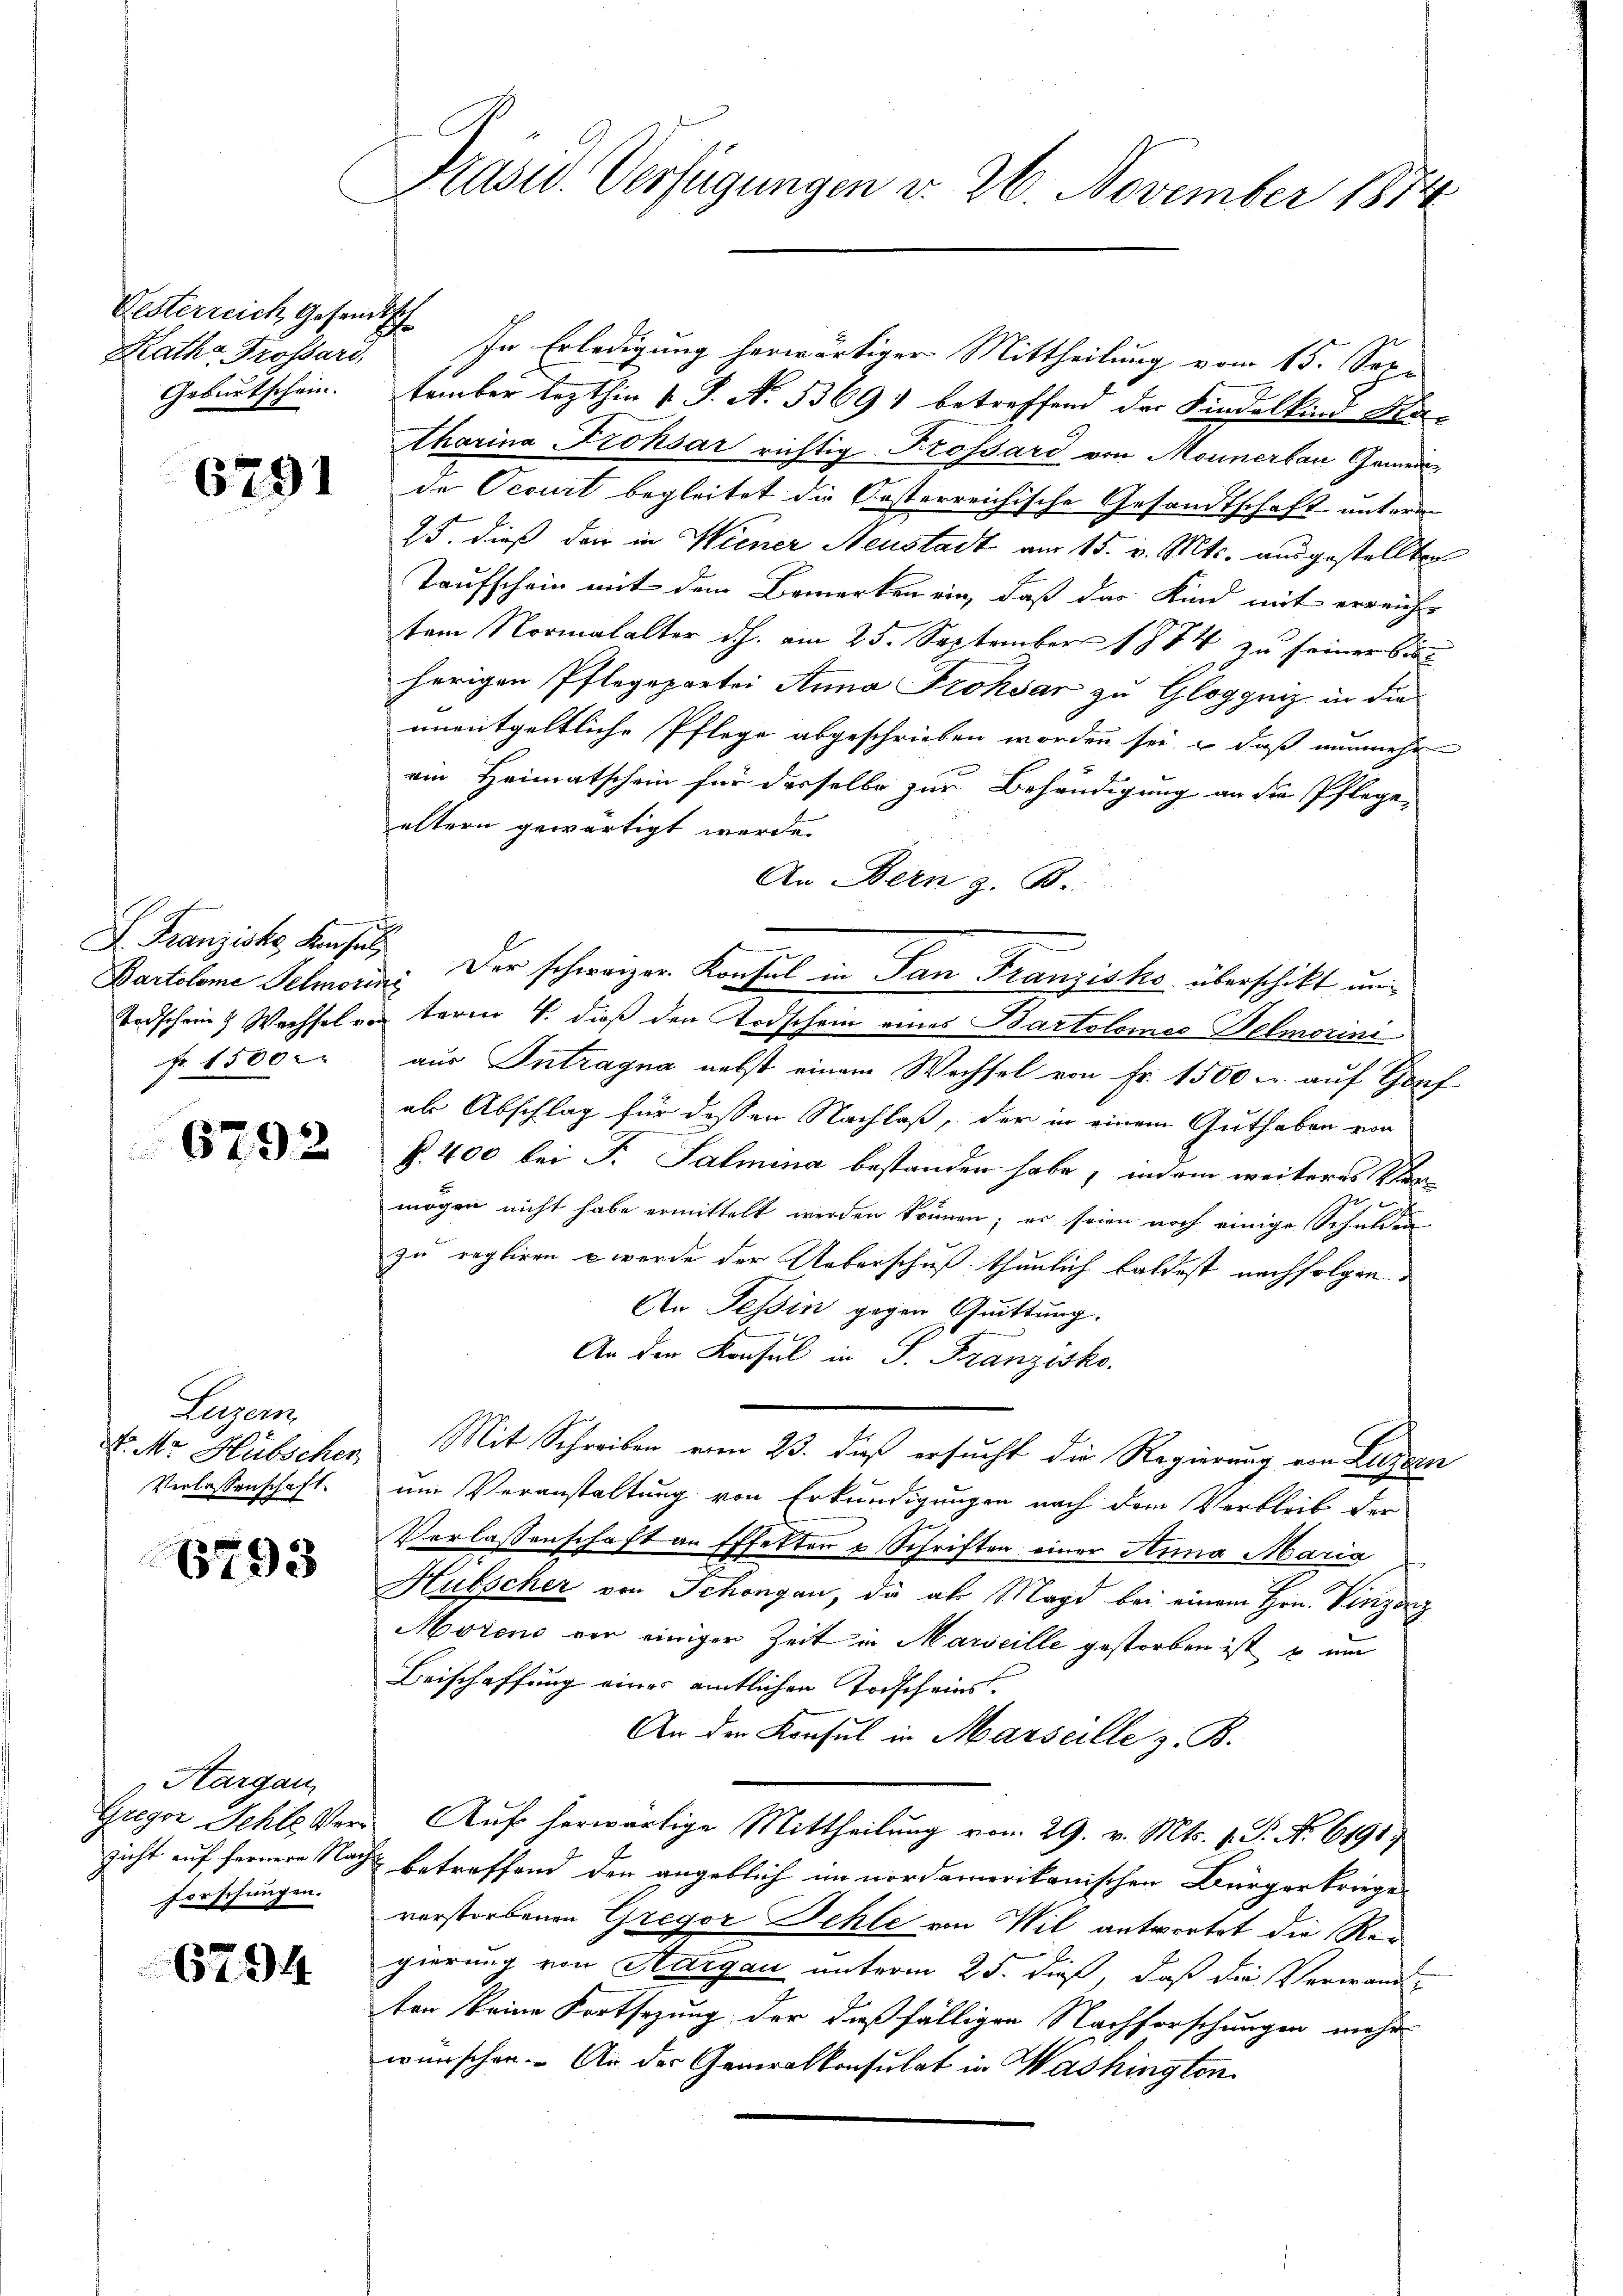
Oesterreich Gesandtsch
Rath Grossard,

6291

F. Franziska Konsul
fr. 1500

6792

Legen
. Mr. Hübschen
Verlassenschaft

6793

Aargau
Gregor Schle Verzicht auf fernere Nach
Forschungen.

6794

Präsid. Verfügungen d. 26. November 1874

In Erledigung herwärtiger Mittheilung vom 15. Sep¬
Geburtschein. Tember lezthin 1 S. N. 53691 betreffend der Kindelkind Ha
tharina Frohsar richtig Frossard von Mounerbau Gemeida Ocourt begleitet die Oesterreichische Gesandtschaft unterm
25. dieß der in Wiener Neustadt am 15. v. Mts. ausgestellten
Taufschein mit dem Bemerken ein, daß das Kind mit erreicht
tem Normalalter dh. am 25. September 1874 zu seiner bisherigen Pflegepartei Anna Frohsar zu Gloggniz in die
unentgeltliche Pflege abgeschrieben worden sei, daß nunmehr
ein Heimatschein für desselbe zur Behändigung an die Pflege-
ältern gewärtigt werde.
An Bern z. B.
Bartolome Selmorin der schweizer Konsul in San Franziska überschikt und
Todschein Wechsel von term 4. dieß den Todschein eines Bartolomes Helmorini
aus Intragna nebst einem Wechsel von Fr. 1500 u. auf Gof
als Abschlag für dessen Nachlaß, der in einem Guthaben von
k. 400 bei Fr. Salmina bestanden habe, indem weiteres Stanmögen nicht habe ermittelt werden können; er seien noch einige Schulden
zu regliren u werde der Ueberschuß thunlich baldest nachfolgen
An Tessin gegen Quittung.
An der Konsul in P. Franzisko.
Mit Schreiben vom 23. dieß ersucht die Regierung von Luzern
um Veranstaltung von Erkundigungen nach dem Verbleib der
Verlassenschaft an Effekten u Schriften einer Anna Maria
Hubscher von Schongau, die als Magd bei einem Hrn. Vinzerz
Morens von einiger Zeit in Marseille gestorben ist, u um
Beischaffung einer amtlichen Todscheins.
An den Konsul in Marseille z. B.
Auf herwärtige Mittheilung vom 29. v. Mts. 1. P. Nr. 6191)
 betreffend den angeblich im nordamerikanischen Bürgerkriege
verstorbenen Gregor Fehle von Wil antwortet die Reigierung von Aargau unterm 25. dieß, daß die Verwande
ten keine Fortsetzung der dießfälligen Nachforschungen mehr
wünschen. An der Generalkonsulat in Washington